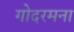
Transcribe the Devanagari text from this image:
गोदरमना